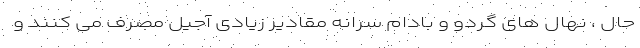
حال ، نهال های گردو و بادام سرانه مقادیر زیادی آجیل مصرف می کنند و